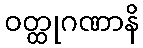
ဝတ္ထုဂဏာနိ